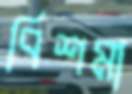
বিশমা